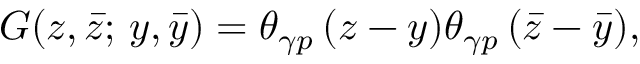
G ( z , \bar { z } ; \, y , \bar { y } ) = \theta _ { \gamma p } \, ( z - y ) \theta _ { \gamma p } \, ( \bar { z } - \bar { y } ) ,